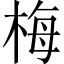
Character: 梅